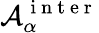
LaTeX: \mathcal{A}_{\alpha}^{\mathrm{~i~n~t~e~r~}}